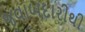
જવાબદારીથી